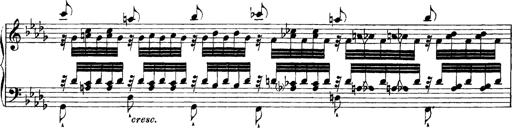
Title: Grandes Etudes
Composer: Franz Liszt